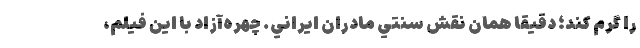
را گرم کند؛ دقيقاً همان نقش سنتي مادران ايراني. چهره‌آزاد با اين فيلم،